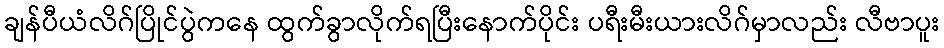
ချန်ပီယံလိဂ်ပြိုင်ပွဲကနေ ထွက်ခွာလိုက်ရပြီးနောက်ပိုင်း ပရီးမီးယားလိဂ်မှာလည်း လီဗာပူး